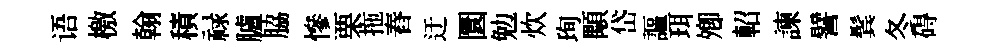
语檄翰積禄臚脇慘栗拖舂迂圜勉炊珣顒岱謳珥𡖖軺諫譬鬂冬碍